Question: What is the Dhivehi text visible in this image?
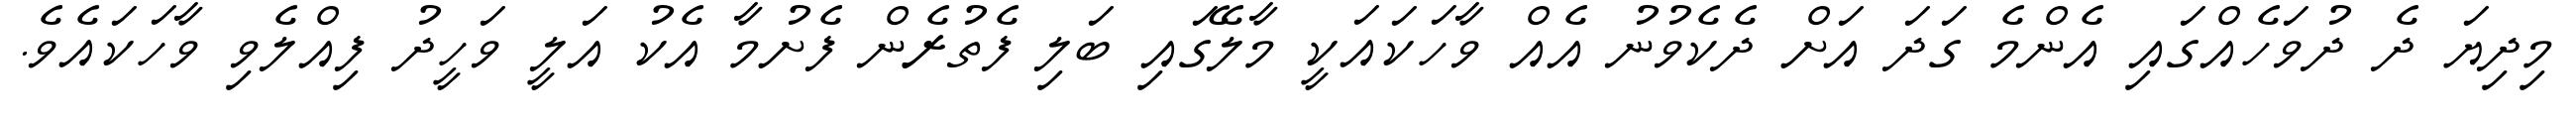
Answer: މިދިޔަ ދެ ދުވަހެއްގައި އެންމެ ގަދަ އަށް ދެކެވުނު އެއް ވާހަކައަކީ މާލޭގައި ބަލި ފެތުރެން ފެށުމާ އެކު އަލީ ވަހީދު ފިއްލެވި ވާހަކައެވެ.